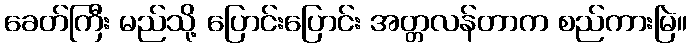
ခေတ်ကြီး မည်သို့ ပြောင်းပြောင်း အတ္တလန်တာက စည်ကားမြဲ။